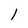
Character: 1